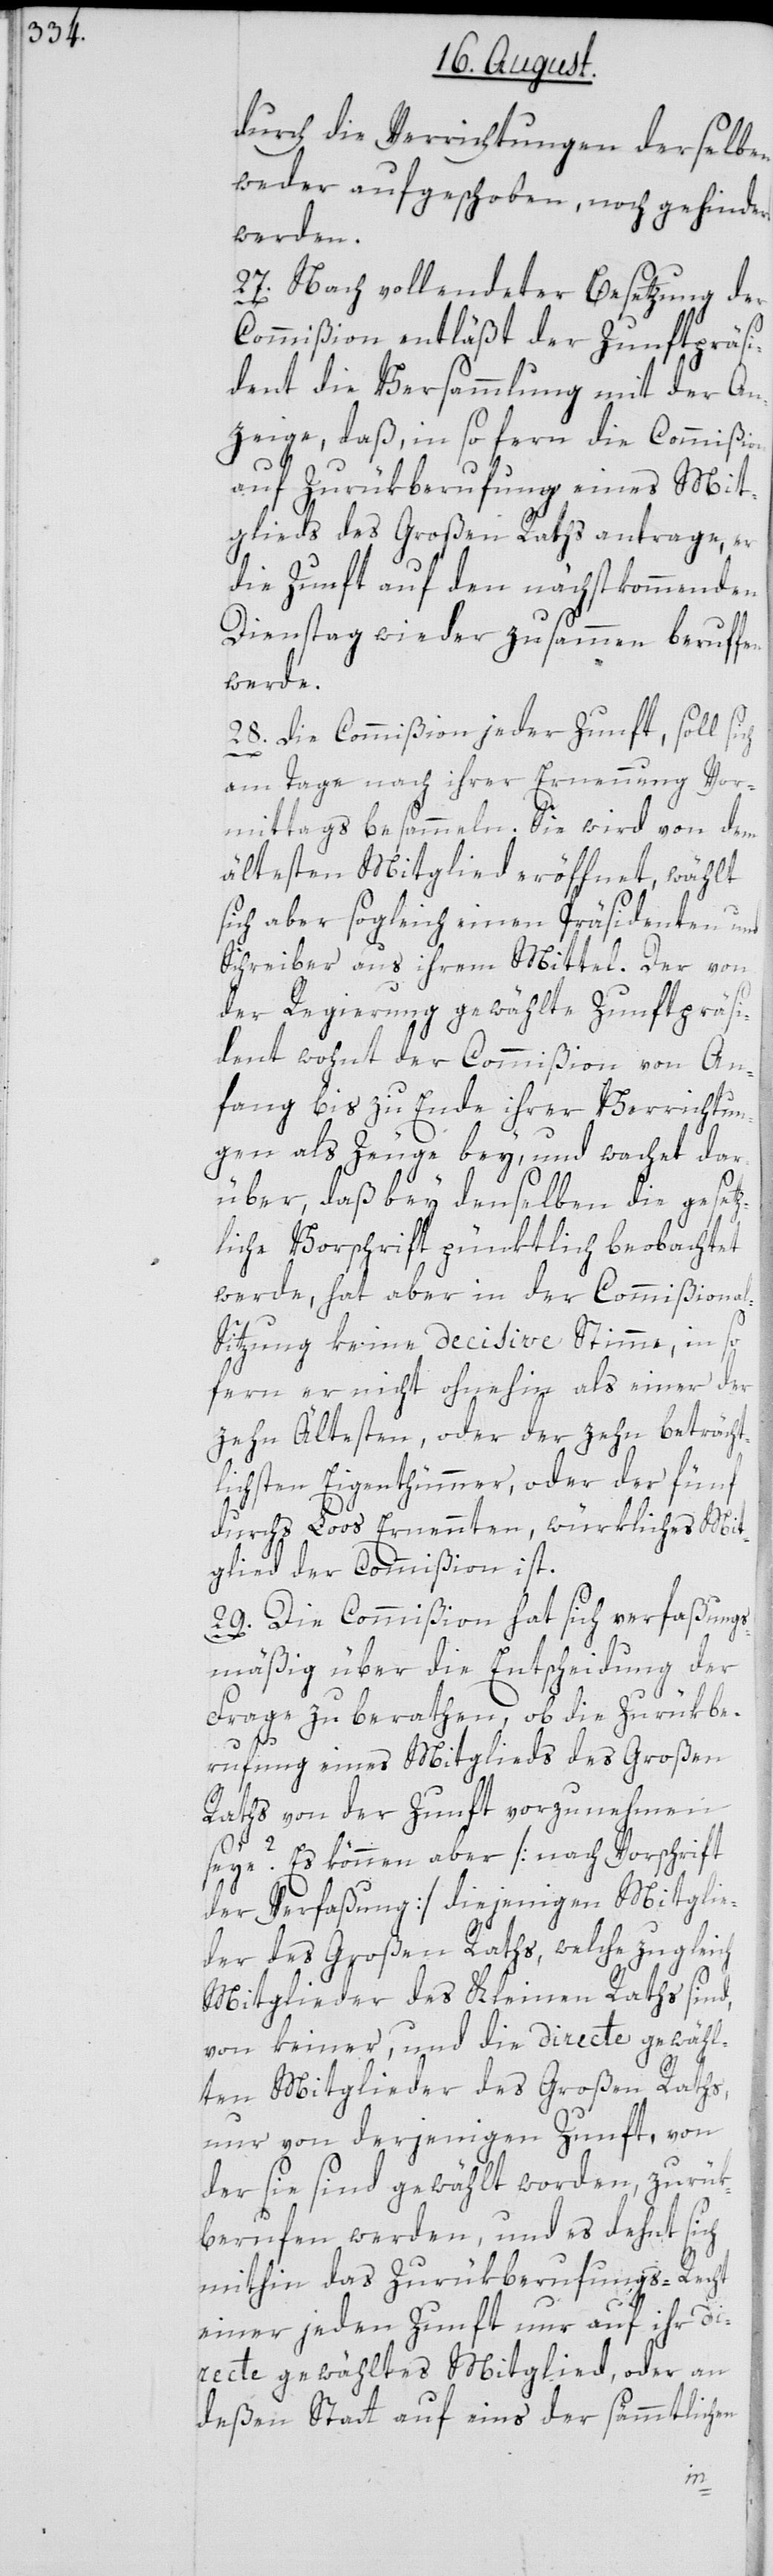
durch die Verrichtungen derselben
weder aufgeschoben, noch gehindert
werden.
27. Nach vollendeter Besetzung der
Commißion entläßt der Zunftpräsi¬
dent die Versammlung mit der An¬
zeige, daß, in so fern die Commißion
auf Zurükberufung eines Mit¬
glieds des Großen Raths antrage, er
die Zunft auf den nächstkommenden
Dienstag wieder zusammen beruffen
werde.
28. Die Commißion jeder Zunft, soll si¬
am Tage nach ihrer Ernennung Vor¬
mittags besammeln. Sie wird von dem
ältesten Mitglied eröffnet, wählt
sich aber sogleich einen Präsidenten und
Schreiber aus ihrem Mittel. Der von
der Regierung gewählte Zunftpräsi¬
dent wohnt der Commißion von An¬
fang bis zu Ende ihrer Verrichtun¬
gen als Zeuge bey, und wachet dar¬
über, daß bey denselben die gesetz¬
liche Vorschrift pünktlich beobachtet
werde, hat aber in der Commißional-S¬
itzung keine decisive Stimme, in so
fern er nicht ohnehin als einer der
zehn Ältesten, oder der zehn beträcht¬
lichsten Eigenthümmer, oder der fünf
durchs Loos Ernennten, würkliches Mit¬
glied der Commißion ist.
29. Die Commißion hat sich verfaßungs¬
mäßig über die Entscheidung der
Frage zu berathen, ob die Zurükbe¬
rufung eines Mitglieds des Großen
Raths von der Zunft vorzunehmen
seye? Es können aber [nach Vorschrift
der Verfaßung] diejenigen Mitglie¬
der des Großen Raths, welche zugleich
Mitglieder des Kleinen Raths sind,
von keiner, und die directe gewähl¬
ten Mitglieder des Großen Raths,
nur von derjenigen Zunft, von
der sie sind gewählt worden, zurük¬
berufen werden, und es dehnt sich
mithin das Zurükberufungs-Recht
einer jeden Zunft nur auf ihr di¬
recte gewähltes Mitglied, oder an
deßen Statt auf eins der sämmtlichen
ch